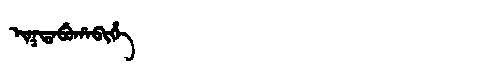
Manchu: ᡳᡴᡨᠠᠪᡠᡥᠠᠪᡳᡥᡝ
Romanization: IKTABUHABIHE